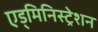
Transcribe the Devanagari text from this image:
एड्मिनिस्ट्रेशन